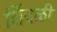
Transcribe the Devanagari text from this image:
शिंदळी